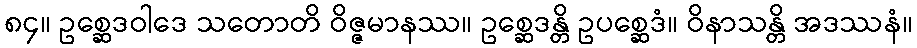
၈၄။ ဥစ္ဆေဒဝါဒေ သတောတိ ဝိဇ္ဇမာနဿ။ ဥစ္ဆေဒန္တိ ဥပစ္ဆေဒံ။ ဝိနာသန္တိ အဒဿနံ။